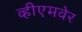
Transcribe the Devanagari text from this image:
व्हीएमवेर